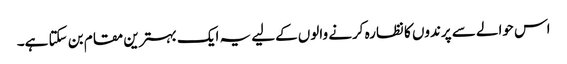
اس حوالے سے پرندوں کا نظارہ کرنے والوں کےلیے یہ ایک بہترین مقام بن سکتا ہے۔